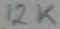
Text: 12K